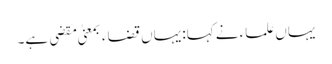
یہاں علماء نے کہا: یہاں قضاء بمعنیٰ مَقضِی ہے۔